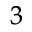
^ { 3 }